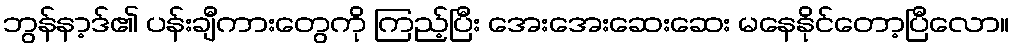
ဘွန်နာ့ဒ်၏ ပန်းချီကားတွေကို ကြည့်ပြီး အေးအေးဆေးဆေး မနေနိုင်တော့ပြီလော။